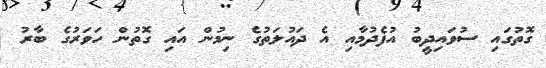
ގޮތުގައި ސުވައިދީބު އުފެދުމާއި އެ ދައުލަތުގެ ނިމުން އައި ގޮތުން ހަވަރުގެ ބާރު